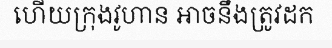
ហើយក្រុងវូហាន អាចនឹងត្រូវដក